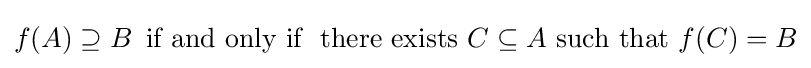
f(A)\supseteq B\,{\text{ if and only if }}{\text{ there exists }}C\subseteq A{\text{ such that }}f(C)=B